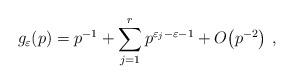
LaTeX: \begin{align*}g_{\varepsilon}(p) = p^{-1} + \sum^r_{j=1}p^{\varepsilon_j - \varepsilon -1} +O\bigl(p^{-2}\bigr)\ , \end{align*}